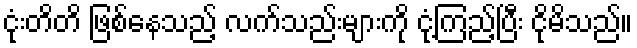
ငုံးတိတိ ဖြစ်နေသည့် လက်သည်းများကို ငုံ့ကြည့်ပြီး ငိုမိသည်။